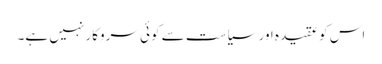
اس کو عقیدہ اور سیاست سے کوئی سروکار نہیں ہے۔